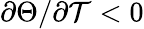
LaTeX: \partial\Theta/\partial\mathcal{T}<0